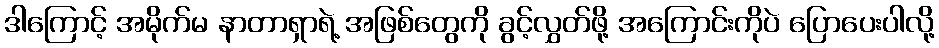
ဒါကြောင့် အမိုက်မ နာတာရှာရဲ့ အဖြစ်တွေကို ခွင့်လွှတ်ဖို့ အကြောင်းကိုပဲ ပြောပေးပါလို့